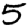
Digit: 5